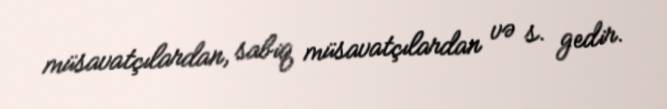
müsavatçılardan, sabiq müsavatçılardan və s. gedir.